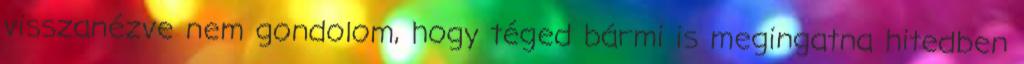
visszanézve nem gondolom, hogy téged bármi is megingatna hitedben